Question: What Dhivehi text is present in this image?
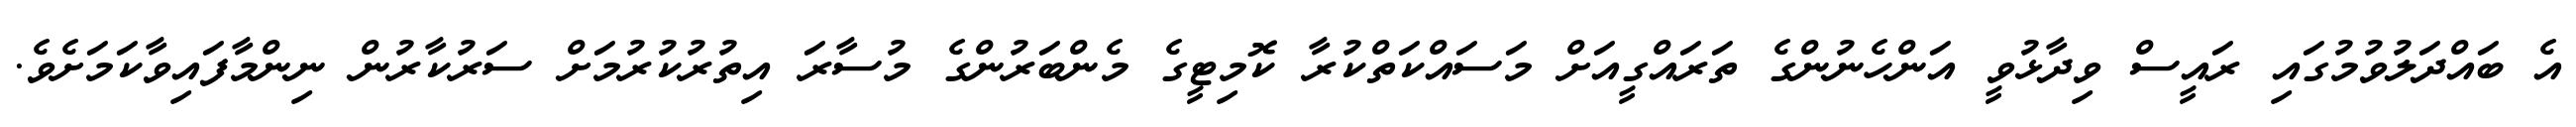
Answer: އެ ބައްދަލުވުމުގައި ރައީސް ވިދާޅުވީ އަންހެނުންގެ ތަރައްގީއަށް މަސައްކަތްކުރާ ކޮމިޓީގެ މެންބަރުންގެ މުސާރަ އިތުރުކުރުމަށް ސަރުކާރުން ނިންމާފައިވާކަމަށެވެ.